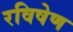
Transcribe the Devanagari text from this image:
रविषेण